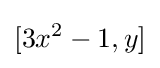
[3x^{2}-1,y]